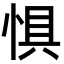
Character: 惧